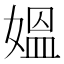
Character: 媼